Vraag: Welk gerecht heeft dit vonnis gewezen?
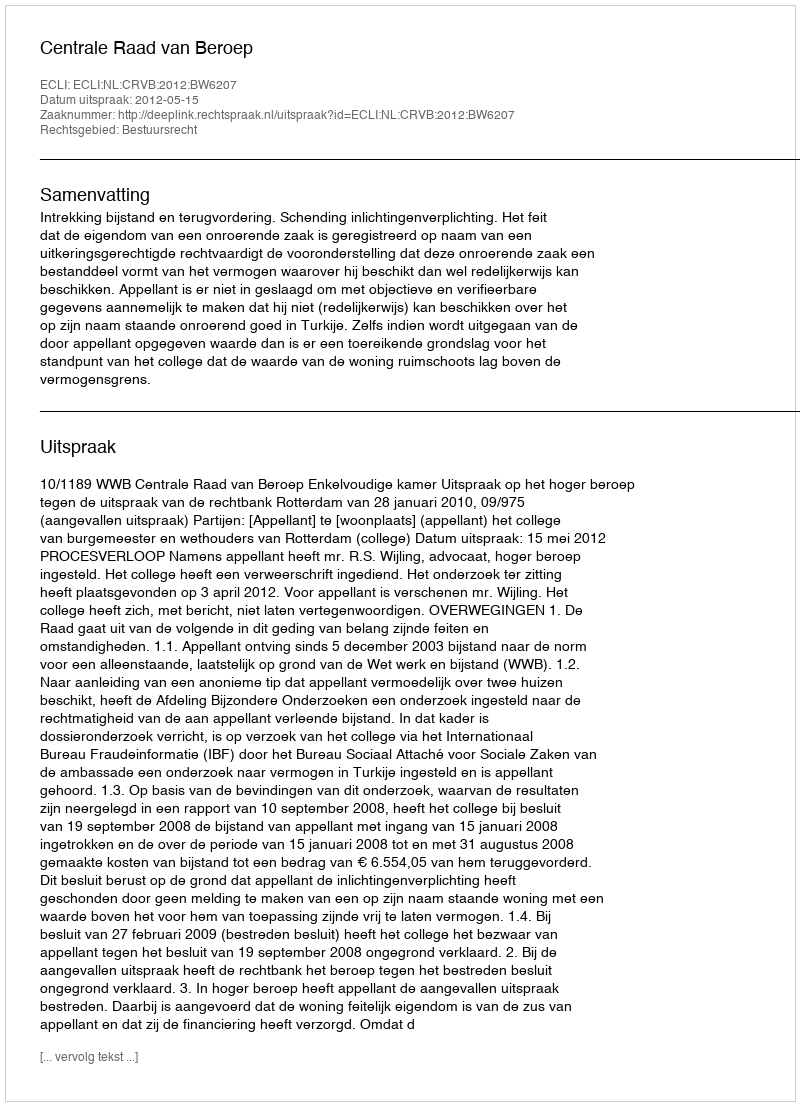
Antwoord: Centrale Raad van Beroep